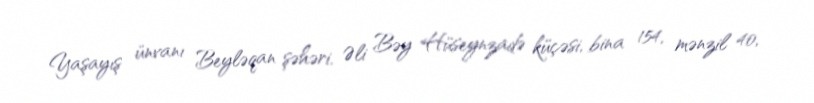
Yaşayış ünvanı Beyləqan şəhəri, Əli Bəy Hüseynzadə küçəsi, bina 154, mənzil 40,